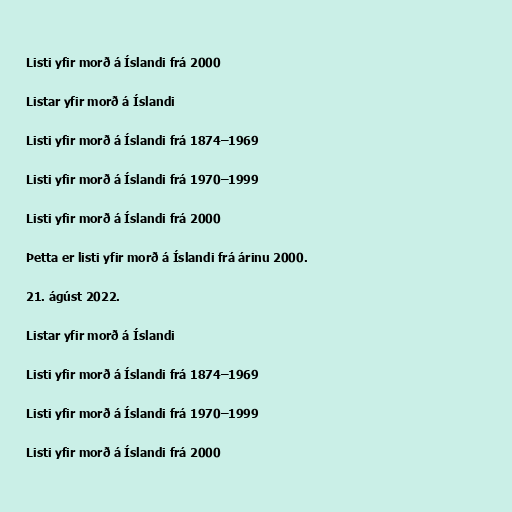
Listi yfir morð á Íslandi frá 2000

Listar yfir morð á Íslandi

Listi yfir morð á Íslandi frá 1874–1969

Listi yfir morð á Íslandi frá 1970–1999

Listi yfir morð á Íslandi frá 2000

Þetta er listi yfir morð á Íslandi frá árinu 2000.

21. ágúst 2022.

Listar yfir morð á Íslandi

Listi yfir morð á Íslandi frá 1874–1969

Listi yfir morð á Íslandi frá 1970–1999

Listi yfir morð á Íslandi frá 2000